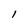
Character: l